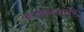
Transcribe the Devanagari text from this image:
कर्जबाजारि